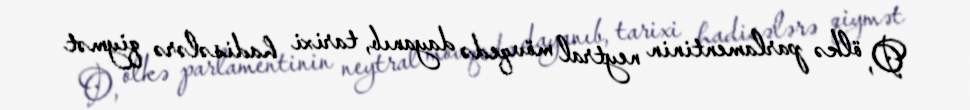
O, ölkə parlamentinin neytral mövqedə dayanıb, tarixi hadisələrə qiymət